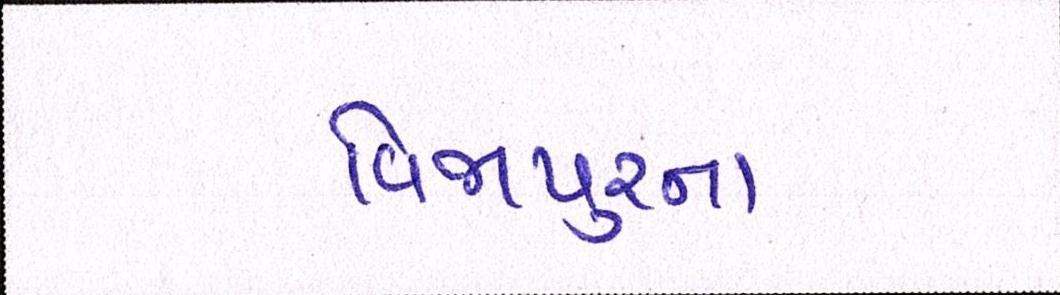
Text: વિજાપુરના